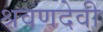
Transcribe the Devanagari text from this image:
श्रवणदेवी